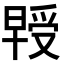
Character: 𭧃